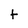
Character: t